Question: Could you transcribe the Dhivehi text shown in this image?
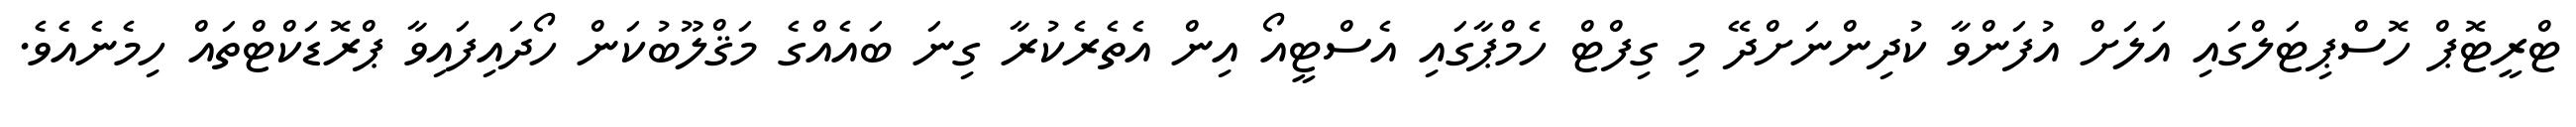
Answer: ޓްރީޓޮޕް ހޮސްޕިޓަލްގައި އަލަށް އުފަންވާ ކުދިންނަށްދޭ މި ގިފްޓް ހެމްޕާގައި އެސްޓީއޯ އިން އެތެރެކުރާ ގިނަ ބައެއްގެ މަޤްލޫބުކަން ހޯދައިފައިވާ ޕްރޮޑަކްޓްތައް ހިމެނެއެވެ.